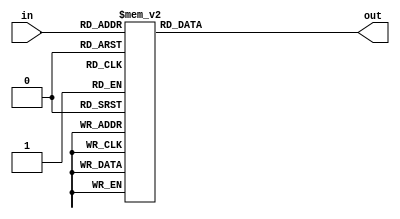
`timescale 1ns / 1ps
//////////////////////////////////////////////////////////////////////////////////
// Company: 
// Engineer: 
// 
// Design Name: 
// Module Name: add3
// Project Name: 
// Target Devices: 
// Tool Versions: 
// Description: Add 3 if BCD code is larger than 5
// 
// Dependencies: 
// 
// Revision:
// Revision 0.01 - File Created
// Additional Comments:
// 
//////////////////////////////////////////////////////////////////////////////////


module add3(input [3:0] in,
    output [3:0] out
    );
    reg [3:0] out_reg;
    assign out = out_reg;
    always @ (in)
        case (in)
        4'b0000: out_reg <= 4'b0000;
        4'b0001: out_reg <= 4'b0001;
        4'b0010: out_reg <= 4'b0010;
        4'b0011: out_reg <= 4'b0011;
        4'b0100: out_reg <= 4'b0100;
        4'b0101: out_reg <= 4'b1000;
        4'b0110: out_reg <= 4'b1001;
        4'b0111: out_reg <= 4'b1010;
        4'b1000: out_reg <= 4'b1011;
        4'b1001: out_reg <= 4'b1100;
        default: out_reg <= 4'b0000;
        endcase
endmodule